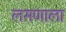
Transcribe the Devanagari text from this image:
लसणाला